Elephants and their diseases
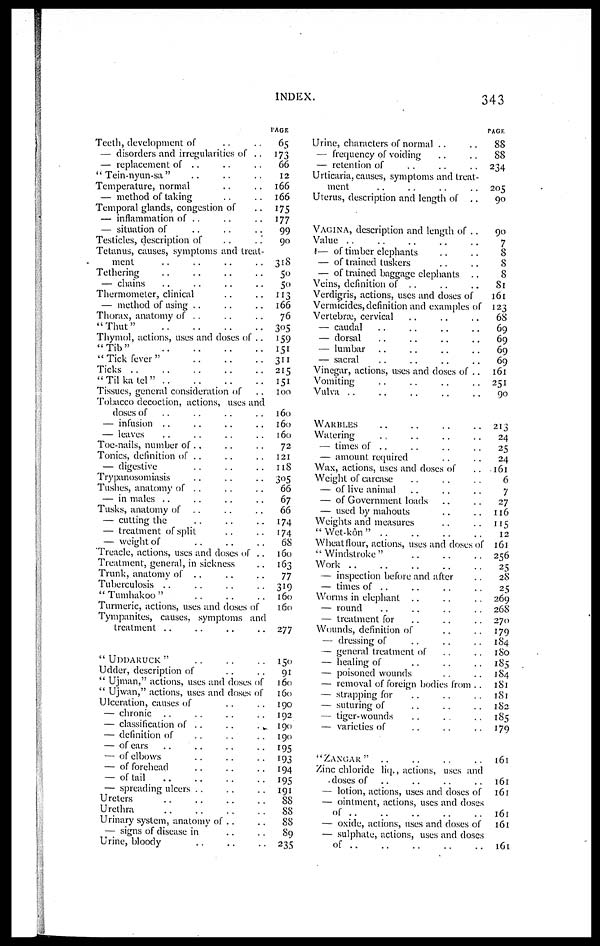
INDEX.
343
Teeth, development of
— disorders and irregularities of ..
— replacement of ..
" Tein-nyun-sa "
Temperature, normal
— method of taking
Temporal glands, congestion of
— inflammation of ..
..
..
— situation of
Testicles, description of
Tetanus, causes, symptoms and treat-
ment
Tethering
— chains
Thermometer, clinical
— method of using
Thorax, anatomy of . .
"Thut"
Thymol, actions, uses and closes of ..
"Tib"
"Tick fever"
Ticks
"Til ka tel" ..
..
..
Tissues, general consideration of
Tobacco decoction, actions, uses and
doses of
— infusion ..
— leaves
Toe-nails, number of .,
Tonics, definition of ..
— digestive
Trypanosomiasis
Tushes, anatomy of ..
— in males
Tusks, anatomy of
— cutting the
— treatment of split
— weight of
Treacle, actions, uses and doses of ..
Treatment, general, in sickness
Trunk, anatomy of ..
Tuberculosis
"Tumhakoo"
Turmeric, actions, uses and doses of
Tympanites, causes, symptoms and
treatment ..
" UDDARUCK "
Udder, description of
" Ujman," actions, uses and doses of
" Ujwan," actions, uses and doses of
Ulceration, causes of
— chronic
— classification of ..
..
. .
— definition of
— of ears
..
" . .
— of elbows
— of forehead
— of tail
— spreading ulcers
Ureters
Urethra
Urinary system, anatomy of ..
— signs of disease in
Urine, bloody
PAGE
65
173
66
12
166
166
175
177
99
90
318
50
50
113
166
76
305
159
151
311
215
151
100
160
160
160
72
121
118
305
66
67
66
174
174
68
160
163
77
319
160
160
277
150
91
160
160
190
192
. 190
190
195
193
194
195
191
88
88
88
89
235
PAGE
Urine, characters of normal ..
— frequency of voiding
— retention of
Urticaria, causes, symptoms and treat-
ment
Uterus, description and length of ..
VAGINA, description and length of ..
Value
— of timber elephants
— of trained tuskers
— of trained baggage elephants ..
Veins, definition of ..
Verdigris, actions, uses and doses of
Vermicides, definition and examples of
Vertebræ, cervical
— caudal
— dorsal
— lumbar
— sacral
Vinegar, actions, uses and doses of ..
Vomiting
Vulva
WARBLES
Watering
— times of ..
— amount required
Wax, actions, uses and doses of
Weight of carcase
— of live animal
— of Government loads
— used by mahouts
Weights and measures
"Wet-kôn"
Wheat flour, actions, uses and doses of
" Windstroke"
Work
— inspection before and after
— times of ..
Worms in elephant ..
— round
— treatment for
Wounds, definition of
— dressing of
— general treatment of
— healing of
— poisoned wounds
— removal of foreign bodies from . .
— strapping for
— suturing of
— tiger-wounds
— varieties of
"ZANGAR"
Zinc chloride liq., actions, uses and
. doses of
— lotion, actions, uses and doses of
— ointment, actions, uses and doses
of
— oxide, actions, uses and doses of
— sulphate, actions, uses and doses
of
88
88
234
205
90
90
7
8
8
8
81
161
123
68
69
69
69
69
161
251
90
213
24
25
24
161
6
7
27
116
115
12
161
256
25
28
25
269
268
270
179
184
180
185
184
181
181
182
185
179
161
161
161
161
161
161